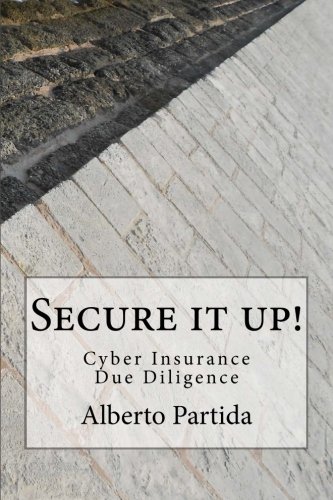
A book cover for Secure IT Up!: Cyber Insurance Due Diligence; Alberto Partida; Business & Money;